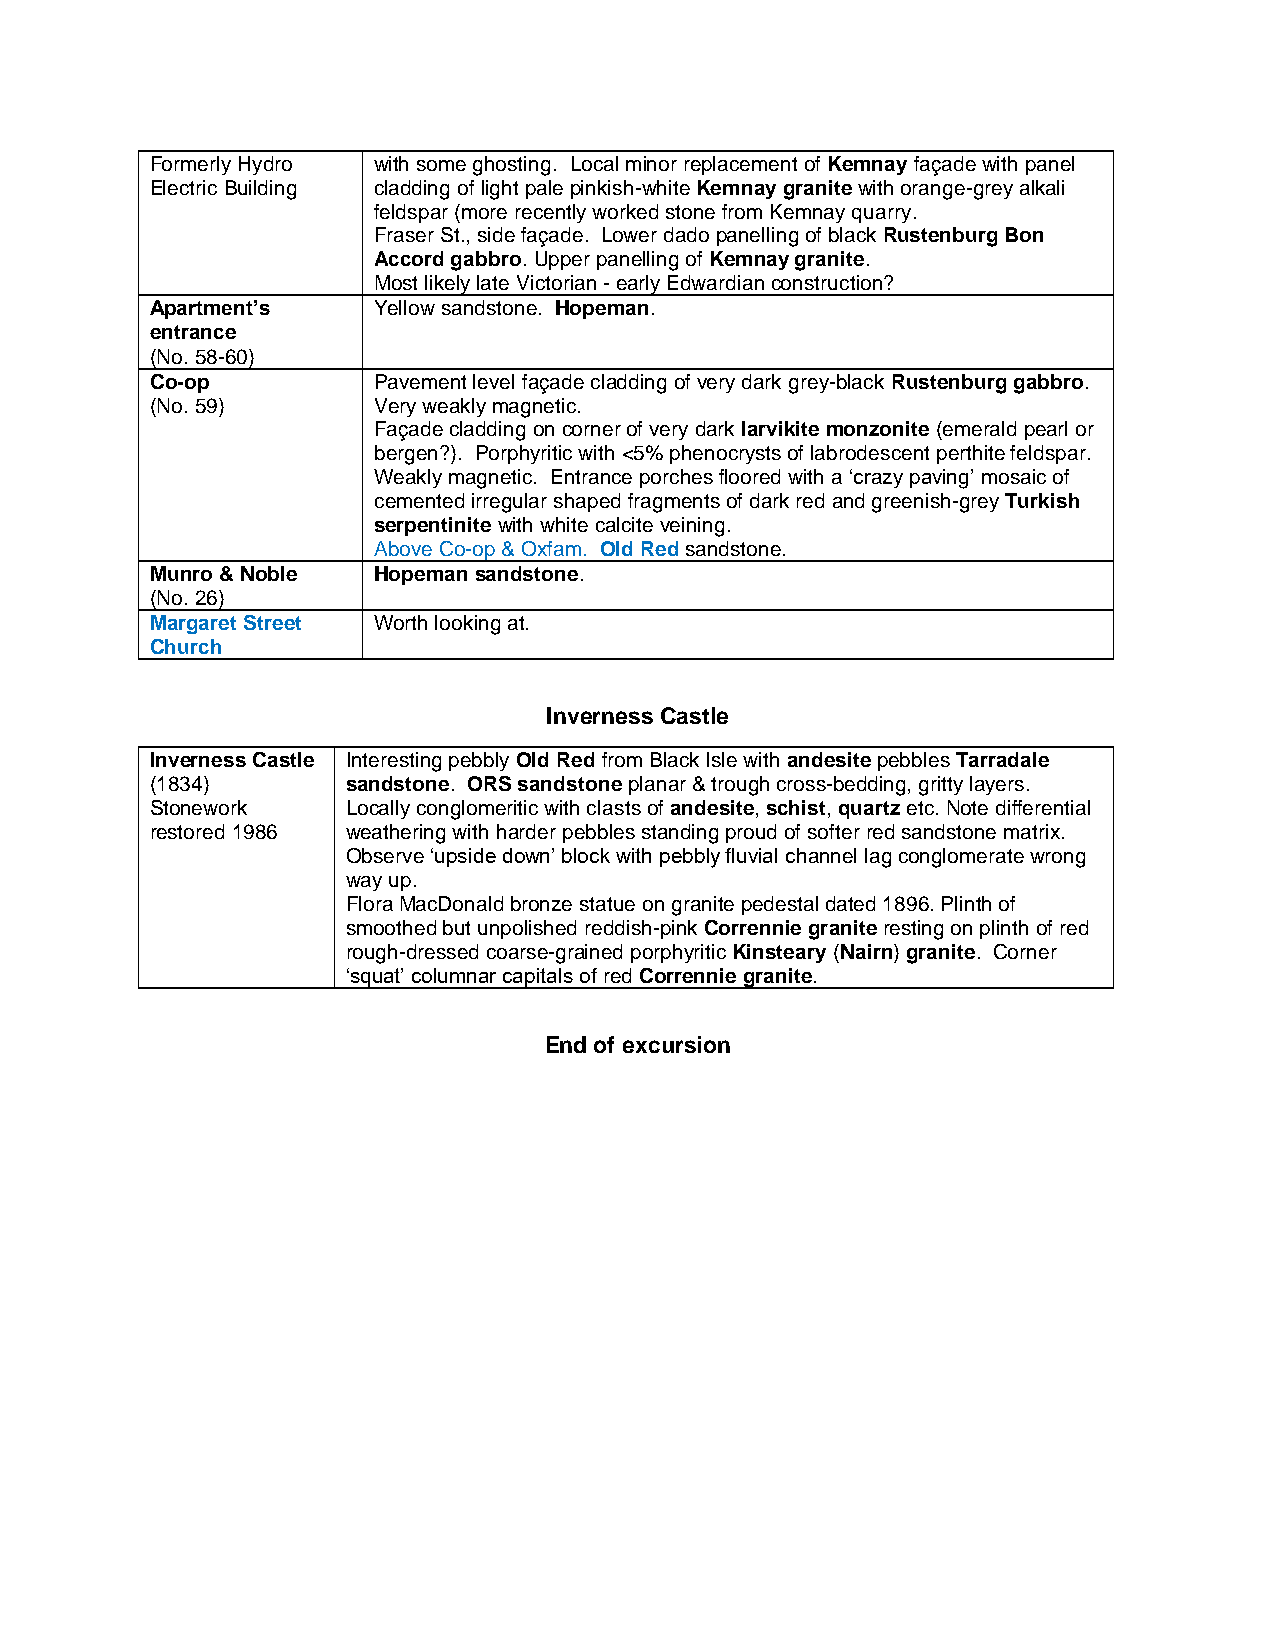
Formerly Hydro with some ghosting. Local minor replacement of Kemnay façade with panel
 Electric Building cladding of light pale pinkish-white Kemnay granite with orange-grey alkali
 feldspar (more recently worked stone from Kemnay quarry.
 Fraser St., side façade. Lower dado panelling of black Rustenburg Bon
 Accord gabbro. Upper panelling of Kemnay granite.
 Most likely late Victorian - early Edwardian construction?
 Apartment’s    Yellow sandstone. Hopeman.
 entrance
 (No. 58-60)
 Co-op          Pavement level façade cladding of very dark grey-black Rustenburg gabbro.
 (No. 59)       Very weakly magnetic.
 Façade cladding on corner of very dark larvikite monzonite (emerald pearl or
 bergen?). Porphyritic with <5% phenocrysts of labrodescent perthite feldspar.
 Weakly magnetic. Entrance porches floored with a ‘crazy paving’ mosaic of
 cemented irregular shaped fragments of dark red and greenish-grey Turkish
 serpentinite with white calcite veining.
 Above Co-op & Oxfam. Old Red sandstone.
 Munro & Noble  Hopeman sandstone.
 (No. 26)
 Margaret Street Worth looking at.
 Church
 Inverness Castle
 Inverness Castle Interesting pebbly Old Red from Black Isle with andesite pebbles Tarradale
 (1834)       sandstone. ORS sandstone planar & trough cross-bedding, gritty layers.
 Stonework    Locally conglomeritic with clasts of andesite, schist, quartz etc. Note differential
 restored 1986 weathering with harder pebbles standing proud of softer red sandstone matrix.
 Observe ‘upside down’ block with pebbly fluvial channel lag conglomerate wrong
 way up.
 Flora MacDonald bronze statue on granite pedestal dated 1896. Plinth of
 smoothed but unpolished reddish-pink Corrennie granite resting on plinth of red
 rough-dressed coarse-grained porphyritic Kinsteary (Nairn) granite. Corner
 ‘squat’ columnar capitals of red Corrennie granite.
 End of excursion